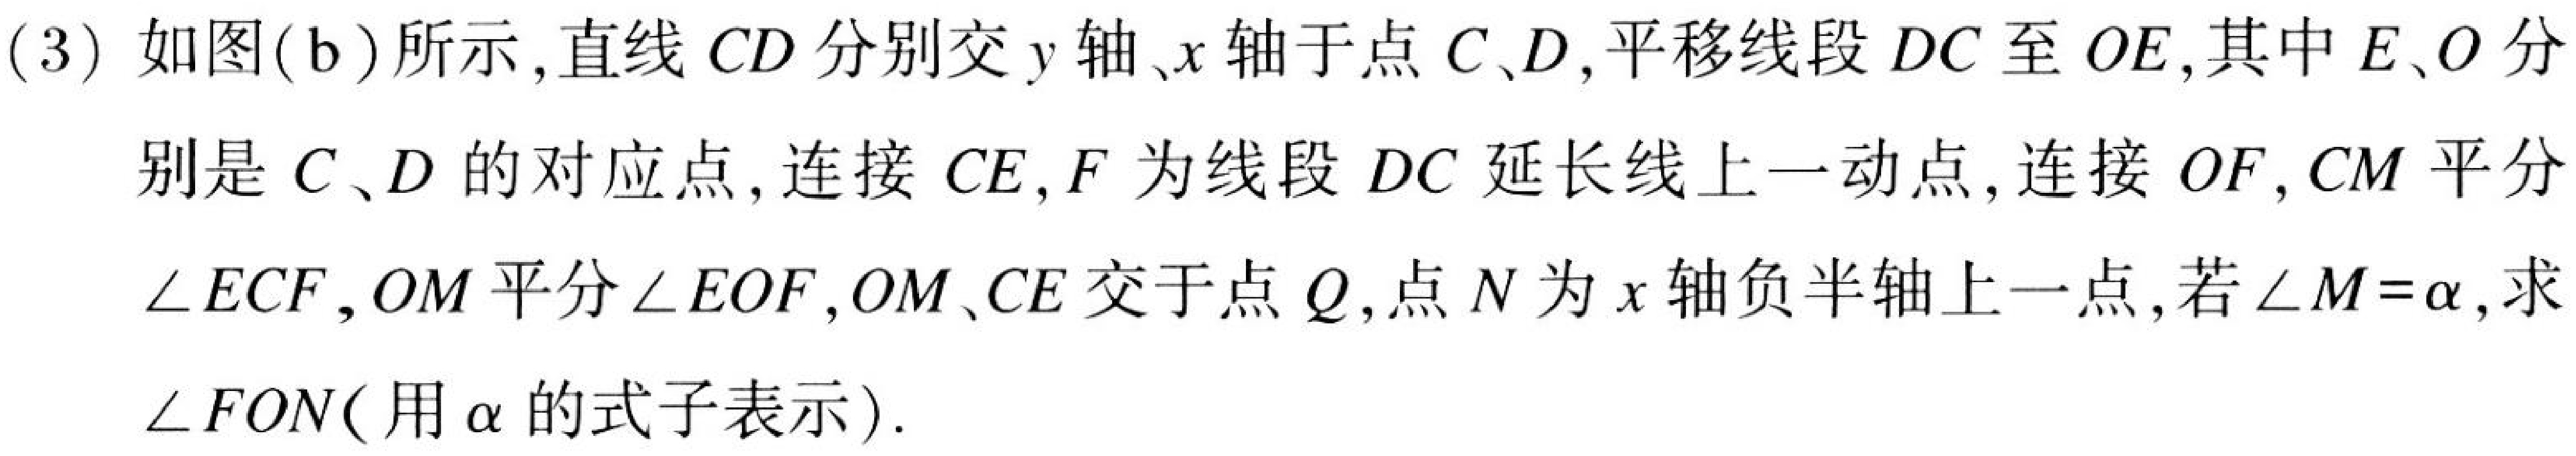
(3) 如图(b)所示，直线\(CD\)分别交\(y\)轴、\(x\)轴于点\(C\)、\(D\)，平移线段\(DC\)至\(OE\)，其中\(E\)、\(O\)分别是\(C\)、\(D\)的对应点，连接\(CE\)，\(F\)为线段\(DC\)延长线上一动点，连接\(OF\)，\(CM\)平分\(\angle ECF\)，\(OM\)平分\(\angle EOF\)，\(OM\)、\(CE\)交于点\(Q\)，点\(N\)为\(x\)轴负半轴上一点，若\(\angle M = \alpha\)，求\(\angle FON\)(用\(\alpha\)的式子表示).